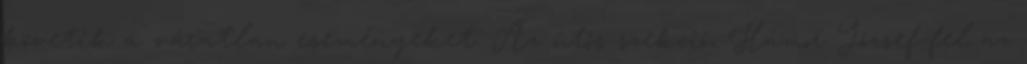
követik a váratlan eseményeket. Az ütős-szekció, Hámor József-fel az